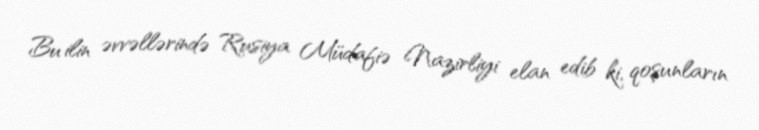
Bu ilin əvvəllərində Rusiya Müdafiə Nazirliyi elan edib ki, qoşunların